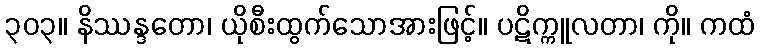
၃၀၃။ နိဿန္ဒတော၊ ယိုစီးထွက်သောအားဖြင့်။ ပဋိက္ကူလတာ၊ ကို။ ကထံ